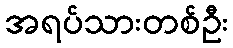
အရပ်သားတစ်ဦး